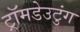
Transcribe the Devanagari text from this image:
ट्रॉमडेउटुंग